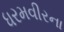
ધરમવીરના